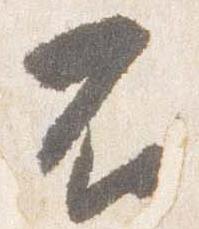
不